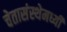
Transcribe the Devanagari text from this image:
चेतासंस्थेमध्यी